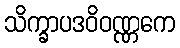
သိက္ခာပဒဝိဝဏ္ဏကေ